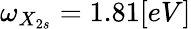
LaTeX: \omega_{X_{2s}}=1.81[eV]